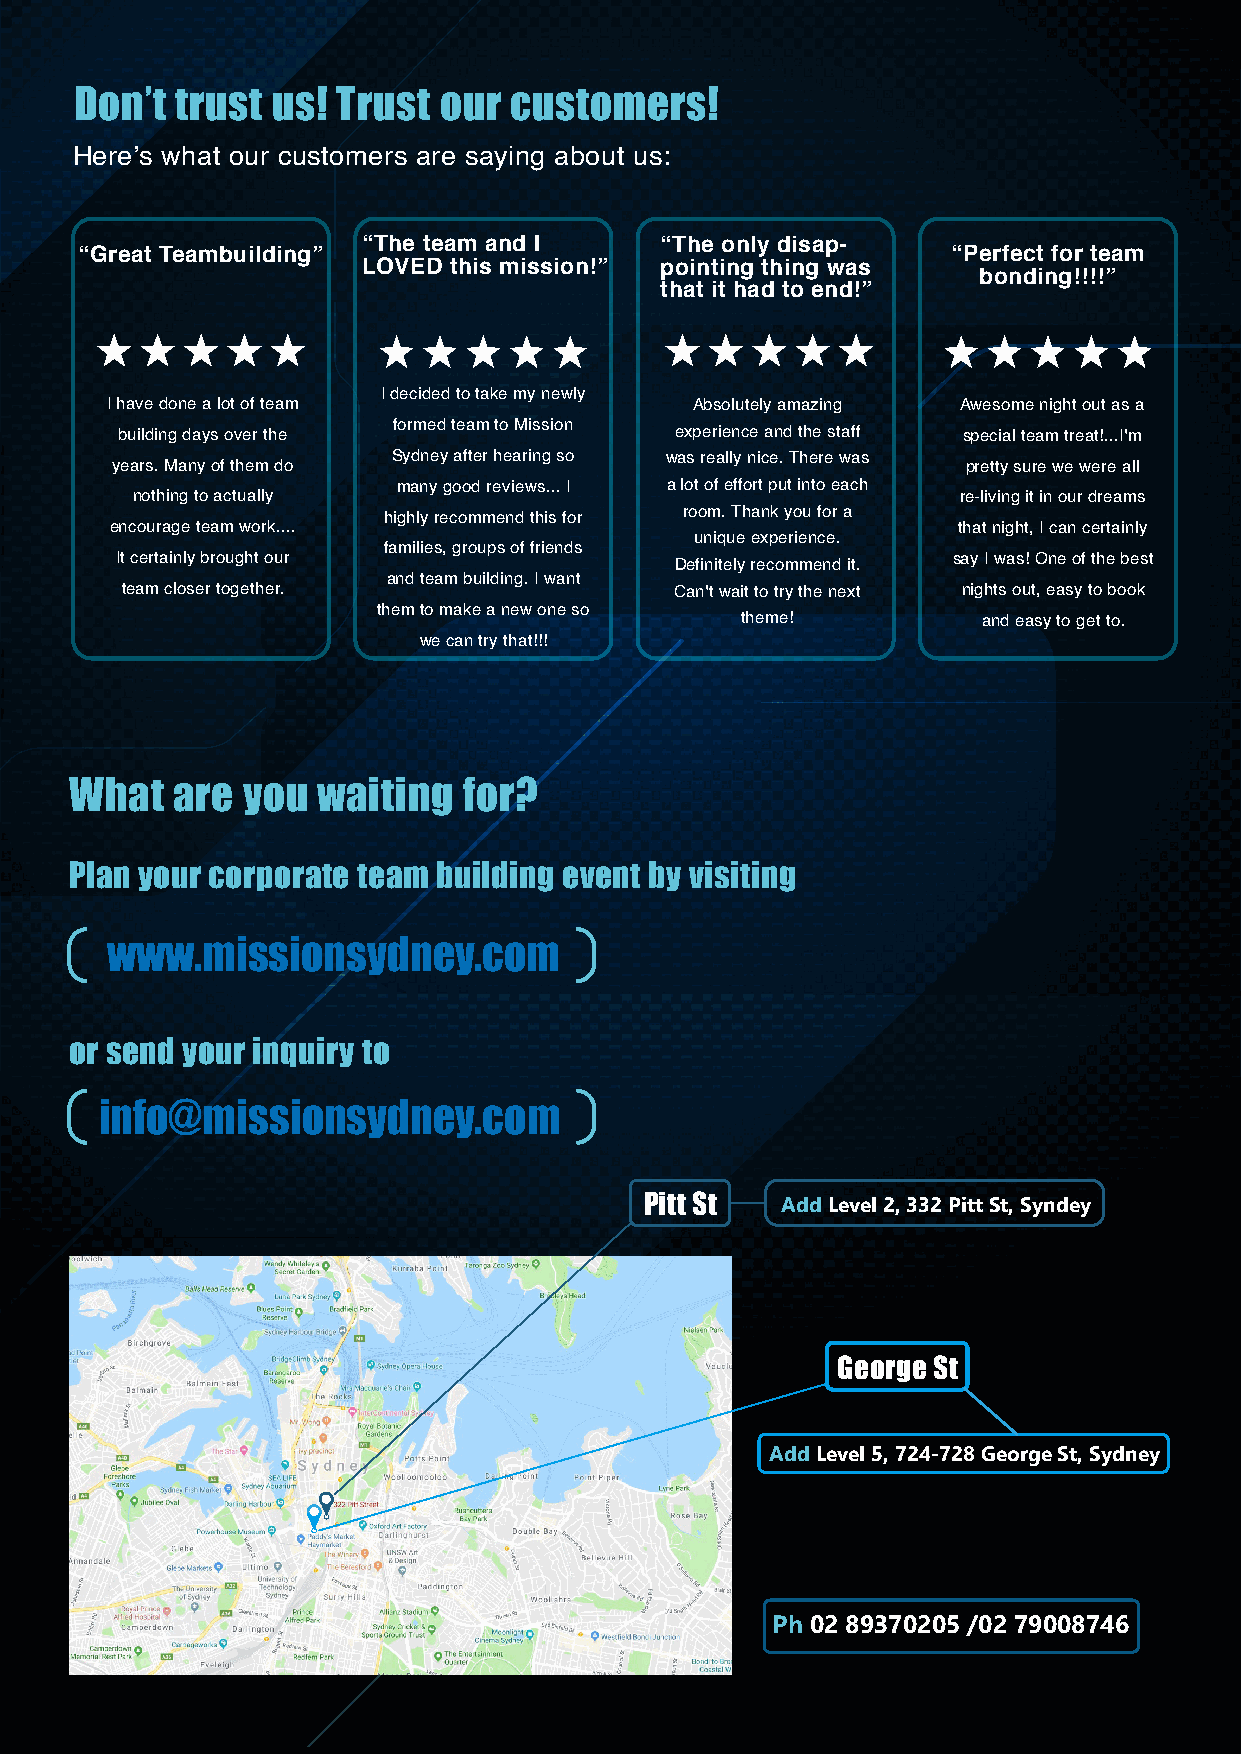
Don’t  trust us! Trust  our  customers!
 Here’s what our customers are saying about us:
 “The team and I     “The only disap-
 “Great Teambuilding”                                      “Perfect for team
 LOVED this mission!” pointing thing was
 bonding!!!!”
 that it had to end!”
 I decided to take my newly
 I have done a lot of team              Absolutely amazing Awesome night out as a
 formed team to Mission
 building days over the               experience and the staff special team treat!...I'm
 Sydney after hearing so was really nice. There was
 years. Many of them do                                   pretty sure we were all
 many good reviews... I a lot of effort put into each
 nothing to actually                                   re-living it in our dreams
 highly recommend this for room. Thank you for a
 encourage team work....                                 that night, I can certainly
 unique experience.
 families, groups of friends
 It certainly brought our             Definitely recommend it. say I was! One of the best
 and team building. I want
 team closer together.                Can't wait to try the next nights out, easy to book
 them to make a new one so
 theme!          and easy to get to.
 we can try that!!!
 What  are  you  waiting   for?
 Plan your corporate team building event by visiting
 www.missionsydney.com
 or send your inquiry to
 info@missionsydney.com
 Pitt St  Add Level 2, 332 Pitt St, Syndey
 George St
 Session Available
 Add Level 5, 724-728 George St, Sydney
 Happy with the arrangement
 Ph 02 89370205 /02 79008746